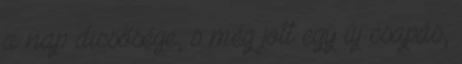
a nap dicsősége, s még jött egy új csapás,